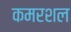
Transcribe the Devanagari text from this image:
कमरशल